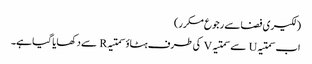
(لکیری فضا سے رجوع مکرر)
اب سمتیہ U سے سمتیہ V کی طرف ہٹاؤ سمتیہ R سے دکھایا گیا ہے۔